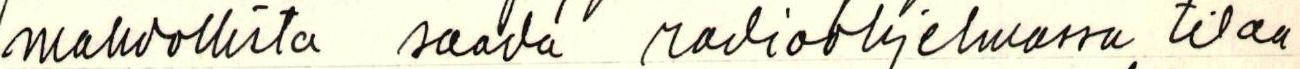
mahdollista saada radioohjelmassa tilaa